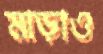
মাড়াও